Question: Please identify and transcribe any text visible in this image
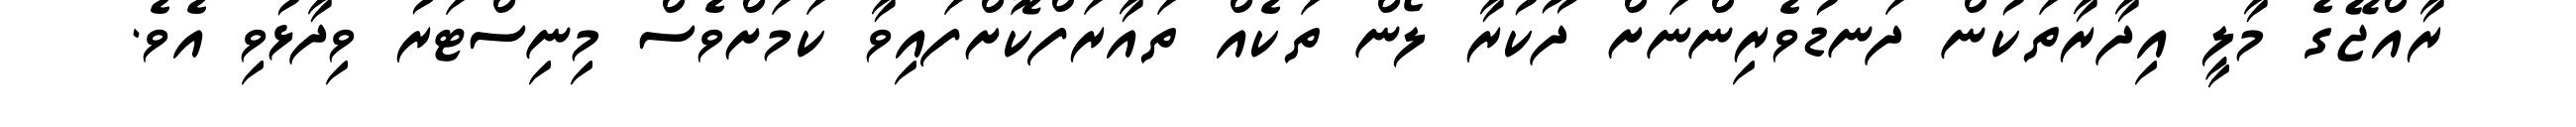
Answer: ރާއްޖޭގެ މާލީ އިދާރާތަކުން ދަނޑުވެރިންނަށް ދޫކުރާ ލޯން ތަކެއް ތައާރަފްކޮށްފައިވާ ކަމަށްވެސް މިނިސްޓަރު ވިދާޅުވި އެވެ.